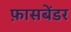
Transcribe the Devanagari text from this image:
फ़ासबेंडर